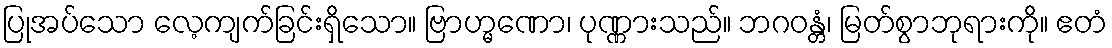
ပြုအပ်သော လေ့ကျက်ခြင်းရှိသော။ ဗြာဟ္မဏော၊ ပုဏ္ဏားသည်။ ဘဂဝန္တံ၊ မြတ်စွာဘုရားကို။ ဧတံ